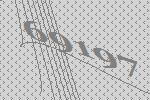
69197